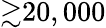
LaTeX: {\gtrsim}20,000